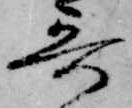
哥